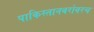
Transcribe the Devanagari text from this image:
पाकिस्तानबरोबरच